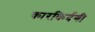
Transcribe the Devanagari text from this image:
कारकिर्दगी